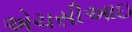
એચસીઆઇ